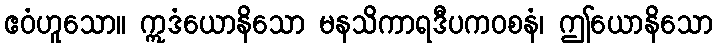
ဧဝံဟူသော။ ဣဒံယောနိသော မနသိကာရဒီပကဝစနံ၊ ဤယောနိသော